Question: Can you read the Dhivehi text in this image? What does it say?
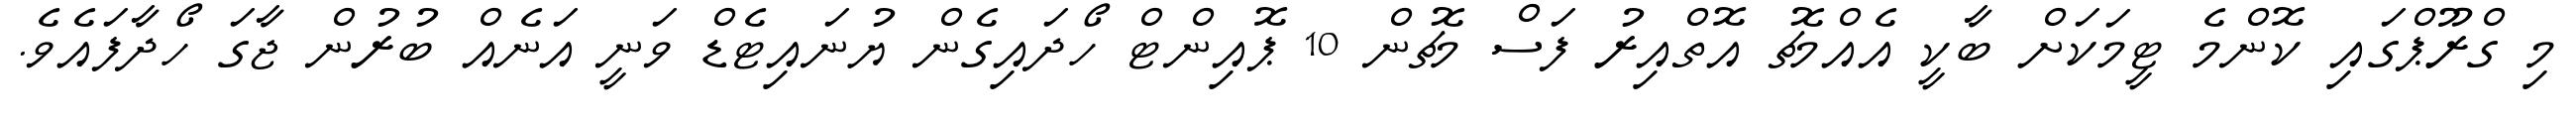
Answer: މި ގްރޫޕްގައި ކޮންމެ ޓީމަކަށް ބާކީ އެއްމެޗު އޮތްއިރު ފަސް މެޗުން 10 ޕޮއިންޓް ހޯދައިގެން ޔުނައިޓެޑް ވަނީ އަނެއް ބުރުން ޖާގަ ހޯދާފައެވެ.